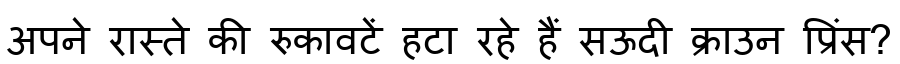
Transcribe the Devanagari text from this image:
अपने रास्ते की रुकावटें हटा रहे हैं सऊदी क्राउन प्रिंस?